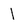
Character: 1